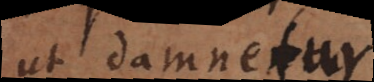
ut damnetur.